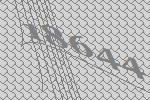
18644